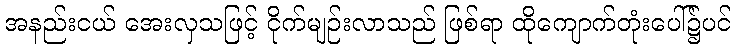
အနည်းငယ် အေးလှသဖြင့် ငိုက်မျဉ်းလာသည် ဖြစ်ရာ ထိုကျောက်တုံးပေါ်၌ပင်